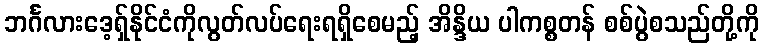
ဘင်္ဂလားဒေ့ရှ်နိုင်ငံကိုလွတ်လပ်ရေးရရှိစေမည့် အိန္ဒိယ ပါကစ္စတန် စစ်ပွဲစသည်တို့ကို